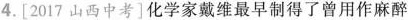
4.[2017山西中考]化学家戴维最早制得了曾用作麻醉